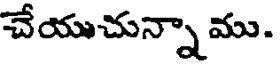
చేయుచున్నా ము.